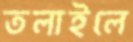
তলাইলে